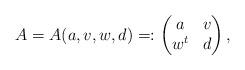
LaTeX: \begin{align*} A = A(a,v,w,d) =: \begin{pmatrix} a & v \\ w^t & d \end{pmatrix} ,\end{align*}